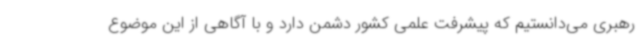
رهبری می‌دانستیم که پیشرفت علمی کشور دشمن دارد و با آگاهی از این موضوع